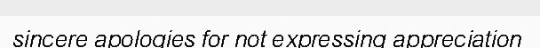
sincere apologies for not expressing appreciation